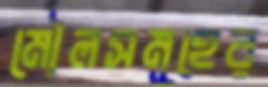
মৌলসমূহের